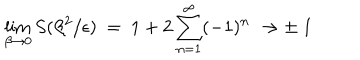
\lim _ { \beta \rightarrow 0 } S ( \beta ^ { 2 } / \epsilon ) \ = \ 1 + 2 \sum _ { n = 1 } ^ { \infty } ( - 1 ) ^ { n } \ \rightarrow \pm \ 1